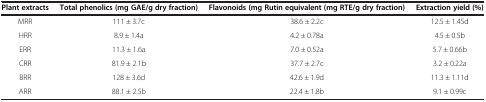
<table><thead><tr><td><b>Plant extracts</b></td><td><b>Total phenolics (mg GAE/g dry fraction)</b></td><td><b>Flavonoids (mg Rutin equivalent (mg RTE/g dry fraction)</b></td><td><b>Extraction yield (%)</b></td></tr></thead><tbody><tr><td>MRR</td><td>111 ± 3.7c</td><td>38.6 ± 2.2c</td><td>12.5 ± 1.45d</td></tr><tr><td>HRR</td><td>8.9 ± 1.4a</td><td>4.2 ± 0.78a</td><td>4.5 ± 0.5b</td></tr><tr><td>ERR</td><td>11.3 ± 1.6a</td><td>7.0 ± 0.52a</td><td>5.7 ± 0.66b</td></tr><tr><td>CRR</td><td>81.9 ± 2.1b</td><td>37.7 ± 2.7c</td><td>3.2 ± 0.22a</td></tr><tr><td>BRR</td><td>128 ± 3.6d</td><td>42.6 ± 1.9d</td><td>11.3 ± 1.11d</td></tr><tr><td>ARR</td><td>88.1 ± 2.5b</td><td>22.4 ± 1.8b</td><td>9.1 ± 0.99c</td></tr></tbody></table>